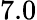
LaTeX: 7.0